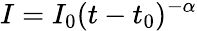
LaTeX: I=I_{0}(t-t_{0})^{-\alpha}